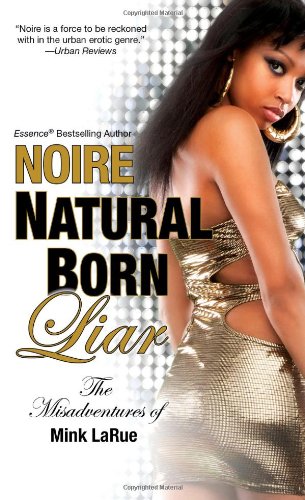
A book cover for Natural Born Liar (Misadventures of Mink Larue); Noire; Romance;